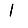
Digit: 1